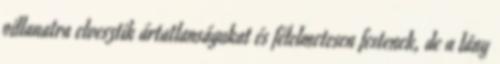
pillanatra elvesztik ártatlanságukat és félelmetesen festenek, de a lány